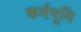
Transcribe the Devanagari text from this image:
कर्मभूमि